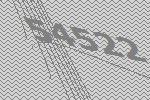
54522